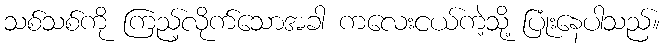
သစ်သစ်ကို ကြည့်လိုက်သောအခါ ကလေးငယ်ကဲ့သို့ ပြုံးနေပါသည်။